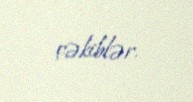
çəkiblər.